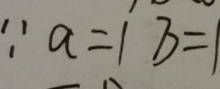
\because a = 1 b = 1